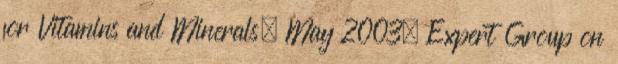
for Vitamins and Minerals, May 2003, Expert Group on